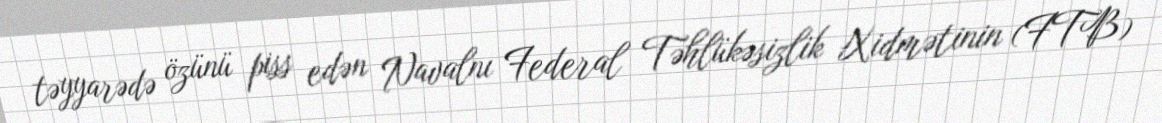
təyyarədə özünü piss edən Navalnı Federal Təhlükəsizlik Xidmətinin (FTB)